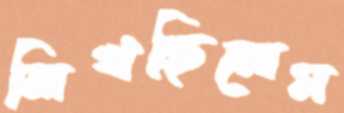
লিখছিলেম